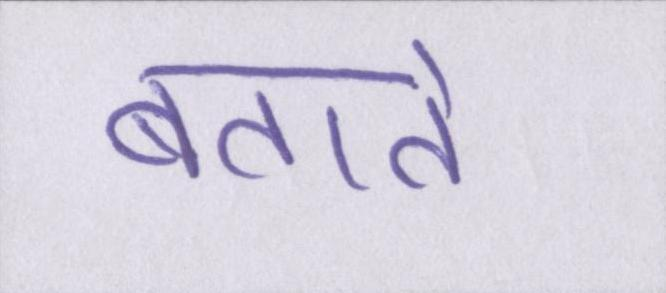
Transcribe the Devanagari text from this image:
बताते